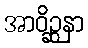
အာဝိဉ္ဆနာ